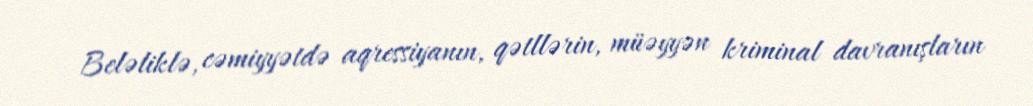
Beləliklə, cəmiyyətdə aqressiyanın, qətllərin, müəyyən kriminal davranışların